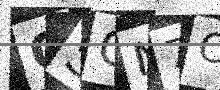
Text: OSON7C